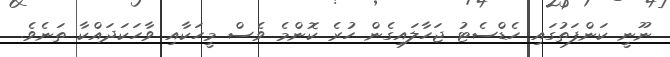
ނޫނީ ކަންފަތުގައި ހެޑްސެޓު ޖަހާލައިގެން ހުރެ ކޮންމެ ވެސް މީހަކާއި ވާހަކަދައްކާ ތަނެވެ.